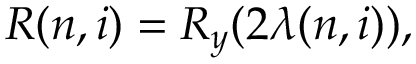
R ( n , i ) = R _ { y } ( 2 \lambda ( n , i ) ) ,